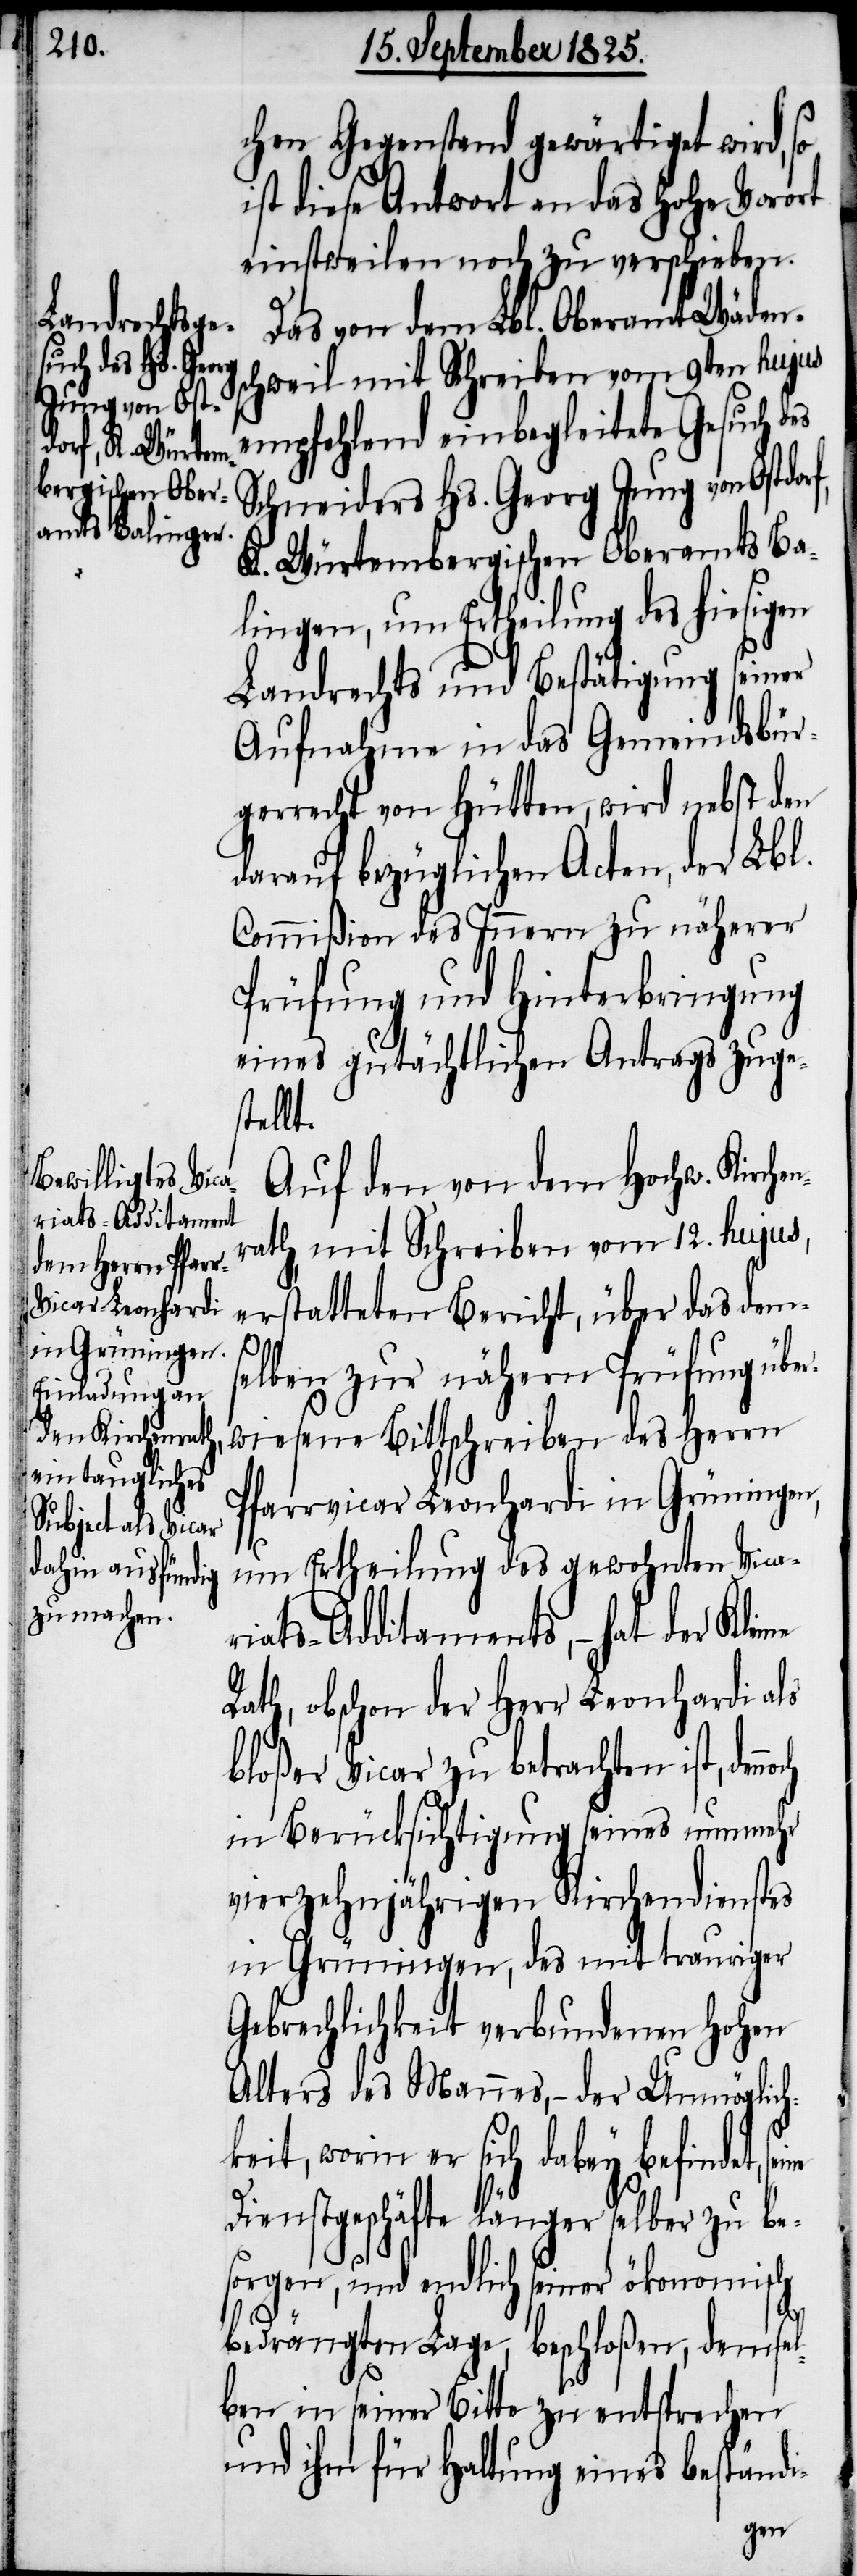
chen Gegenstand gewärtiget wird, so
ist diese Antwort an das hohe Vorort
einstweilen noch zu verschieben.
Das von dem Lbl. Oberamt Wäden¬
schweil mit Schreiben vom 9ten hujus
empfehlend einbegleitete Gesuch des
Schneiders Hs. Georg Jung von Ostd¬
K. Würtembergischen Oberamts Ba¬
lingen, um Ertheilung des hiesigen
Landrechts und Bestätigung seiner
Aufnahme in das Gmeindsbür¬
gerrecht von Hütten, wird nebst den
darauf bezüglichen Acten, der Lbl.
Commißion des Innern zu näherer
Prüfung und Hinterbringung
eines gutächtlichen Antrags zuges¬
tellt.
Auf den von dem Hochw. Kirche¬
rath mit Schreiben vom 12. hujus,
erstatteten Bericht, über das dem¬
noch
selben zur nähern Prüfung über¬
wiesene Bittschreiben des Herrn
Pfarrvicar Leonhardi in Grüningen,
um Ertheilung des gewohnten Vica¬
riats-Additaments, – hat der klei¬
Rath, obschon der Herr Leonhardi als
bloßer Vicar zu betrachten ist, den¬
in Berücksichtigung seines nunmehr
vierzehnjährigen Kirchendienstes
in Grüningen, des mit trauriger
Gebrechlichkeit verbundenen hohen
Alters des Mannes, – der Unmöglich¬
keit, worin er sich dabey befindet, s¬
Dienstgeschäfte länger selber zu be¬
sorgen, und endlich seiner ökonomis¬
ch
bedrängten Lage, beschloßen, demsel¬
ben in seiner Bitte zu entsprechen
und ihm für Haltung eines beständi-